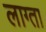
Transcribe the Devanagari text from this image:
लाग्ता